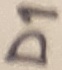
Text: D1